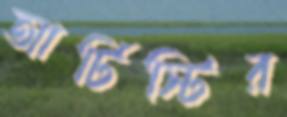
আর্টিস্টির